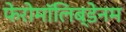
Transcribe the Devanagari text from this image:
फेरोमॉलिब्डेनम